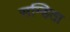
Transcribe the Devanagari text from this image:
सम्हिता